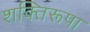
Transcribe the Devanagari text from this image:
शक्तिरूपा